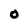
Character: O